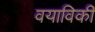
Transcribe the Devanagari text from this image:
वयाविकी